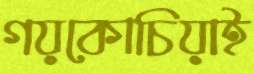
গয়কোচিয়াই